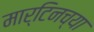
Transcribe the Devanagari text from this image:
मार्टिनच्या